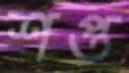
শপ্ত